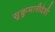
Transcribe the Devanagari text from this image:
सुकुमारीदेवी